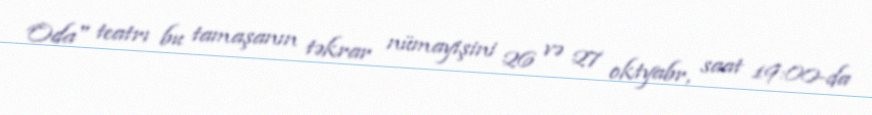
Oda" teatrı bu tamaşanın təkrar nümayişini 26 və 27 oktyabr, saat 19:00-da